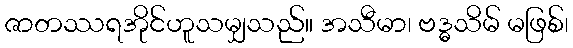
ဇာတဿရအိုင်ဟူသမျှသည်။ အသီမာ၊ ဗဒ္ဓသိမ် မဖြစ်၊